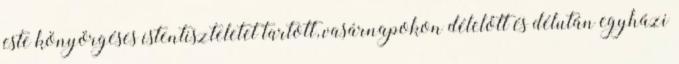
este könyörgéses istentiszteletet tartott, vasárnapokon délelőtt és délután egyházi